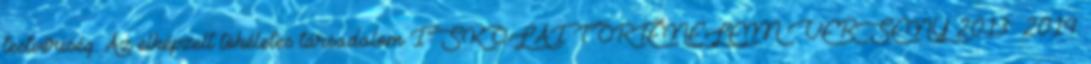
testvériség. Az elképzelt tökéletes társadalom ISKOLAI TÖRTÉNELEM VERSENY 2013 2014.